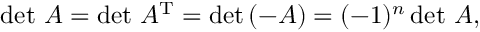
\operatorname* { d e t } \, A = \operatorname* { d e t } \, A ^ { \mathrm { T } } = \operatorname* { d e t } \left( - A \right) = ( - 1 ) ^ { n } \operatorname* { d e t } \, A ,